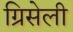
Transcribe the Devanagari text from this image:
ग्रिसेली